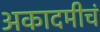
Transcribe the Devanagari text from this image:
अकादमीचं